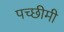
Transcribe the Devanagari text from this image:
पच्छीमी